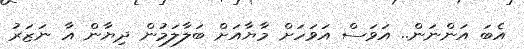
އެބަ އަންނަން.. އަވަސް އަވަހަށް މާޔާއަށް ބަލާލަމުން ދިޔާން އާ ނަޒަރު